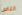
الناس